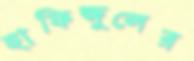
হাফিজুলের